Civil Veterinary Dept. North-West Frontier Province 1933-46 - 1933-1946
Year: 1933
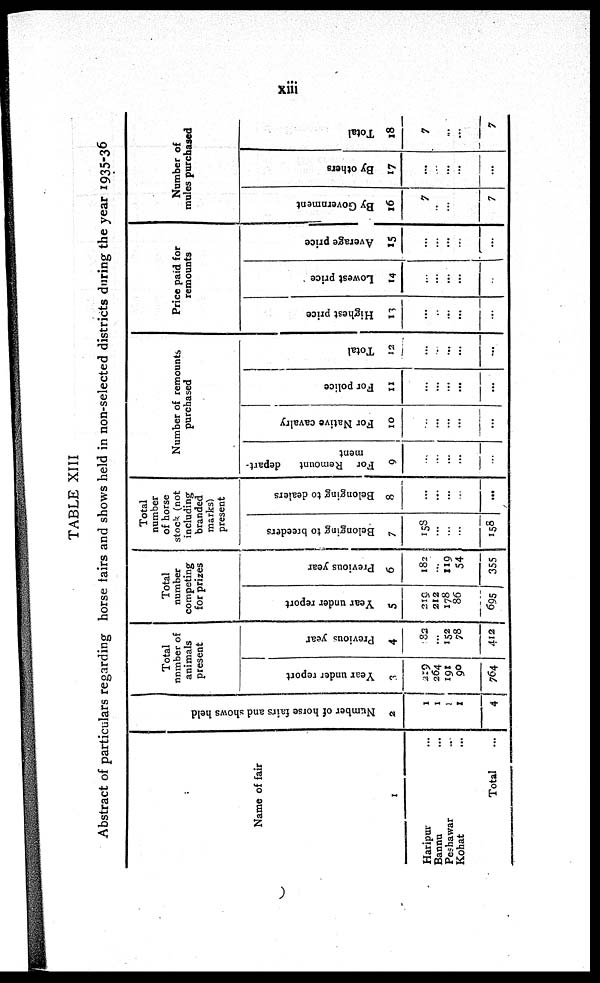
xiii
TABLE XIII
Abstract of particulars regarding horse fairs and shows held in non-selected districts during the year 1935-36
Name of fair
1
Haripur ...
Banna ...
Peshawar ...
Kohat ...
Total ...
Nu mb e r of hor se fairs and shows held
2
1
1
1
1
4
Total
number of
animals
present
Year under report
3
219
264
191
90
764
Previous year
4
182
...
152
78
412
Total
number
competing
for prizes
Year under report
5
219
212
178
86
695
Previous year
6
182
...
119
54
355
Total
number
stock (not
including
branded
marks)
present
Belonging to breeders
7
158
...
...
...
158
Belonging to dealers
8
...
...
...
...
...
Number of remounts
purchased
For Remount
depart-
ment
9
...
...
...
...
...
For Native cavalry
10
...
...
...
...
...
For police
11
...
...
...
...
...
Total
12
...
...
...
...
...
Price paid for
remounts
Highest price
13
...
...
...
...
...
Lowest price
14
...
...
...
...
...
Average price
15
...
...
...
...
...
Number of
mules purchased
By Government
16
7
...
...
...
7
By others
17
...
...
...
...
...
Total
18
7
...
...
...
7